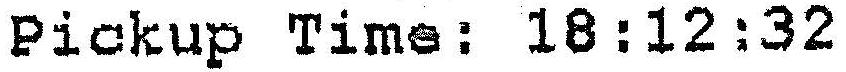
PICKUP TIME: 18:12:32